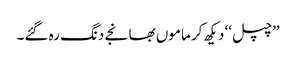
’’چپل‘‘ دیکھ کر ماموں بھانجے دنگ رہ گئے۔